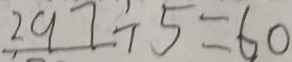
2 9 7 \div 5 = 6 0